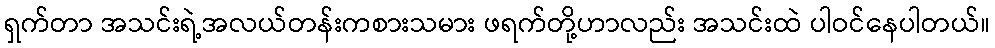
ရှက်တာ အသင်းရဲ့အလယ်တန်းကစားသမား ဖရက်တို့ဟာလည်း အသင်းထဲ ပါဝင်နေပါတယ်။